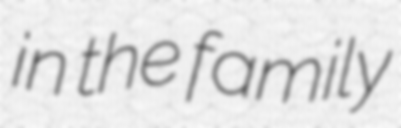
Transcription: in the family